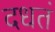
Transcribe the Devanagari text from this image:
दधतं